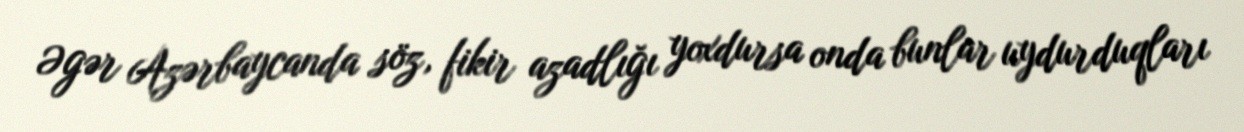
Əgər Azərbaycanda söz, fikir azadlığı yoxdursa onda bunlar uydurduqları